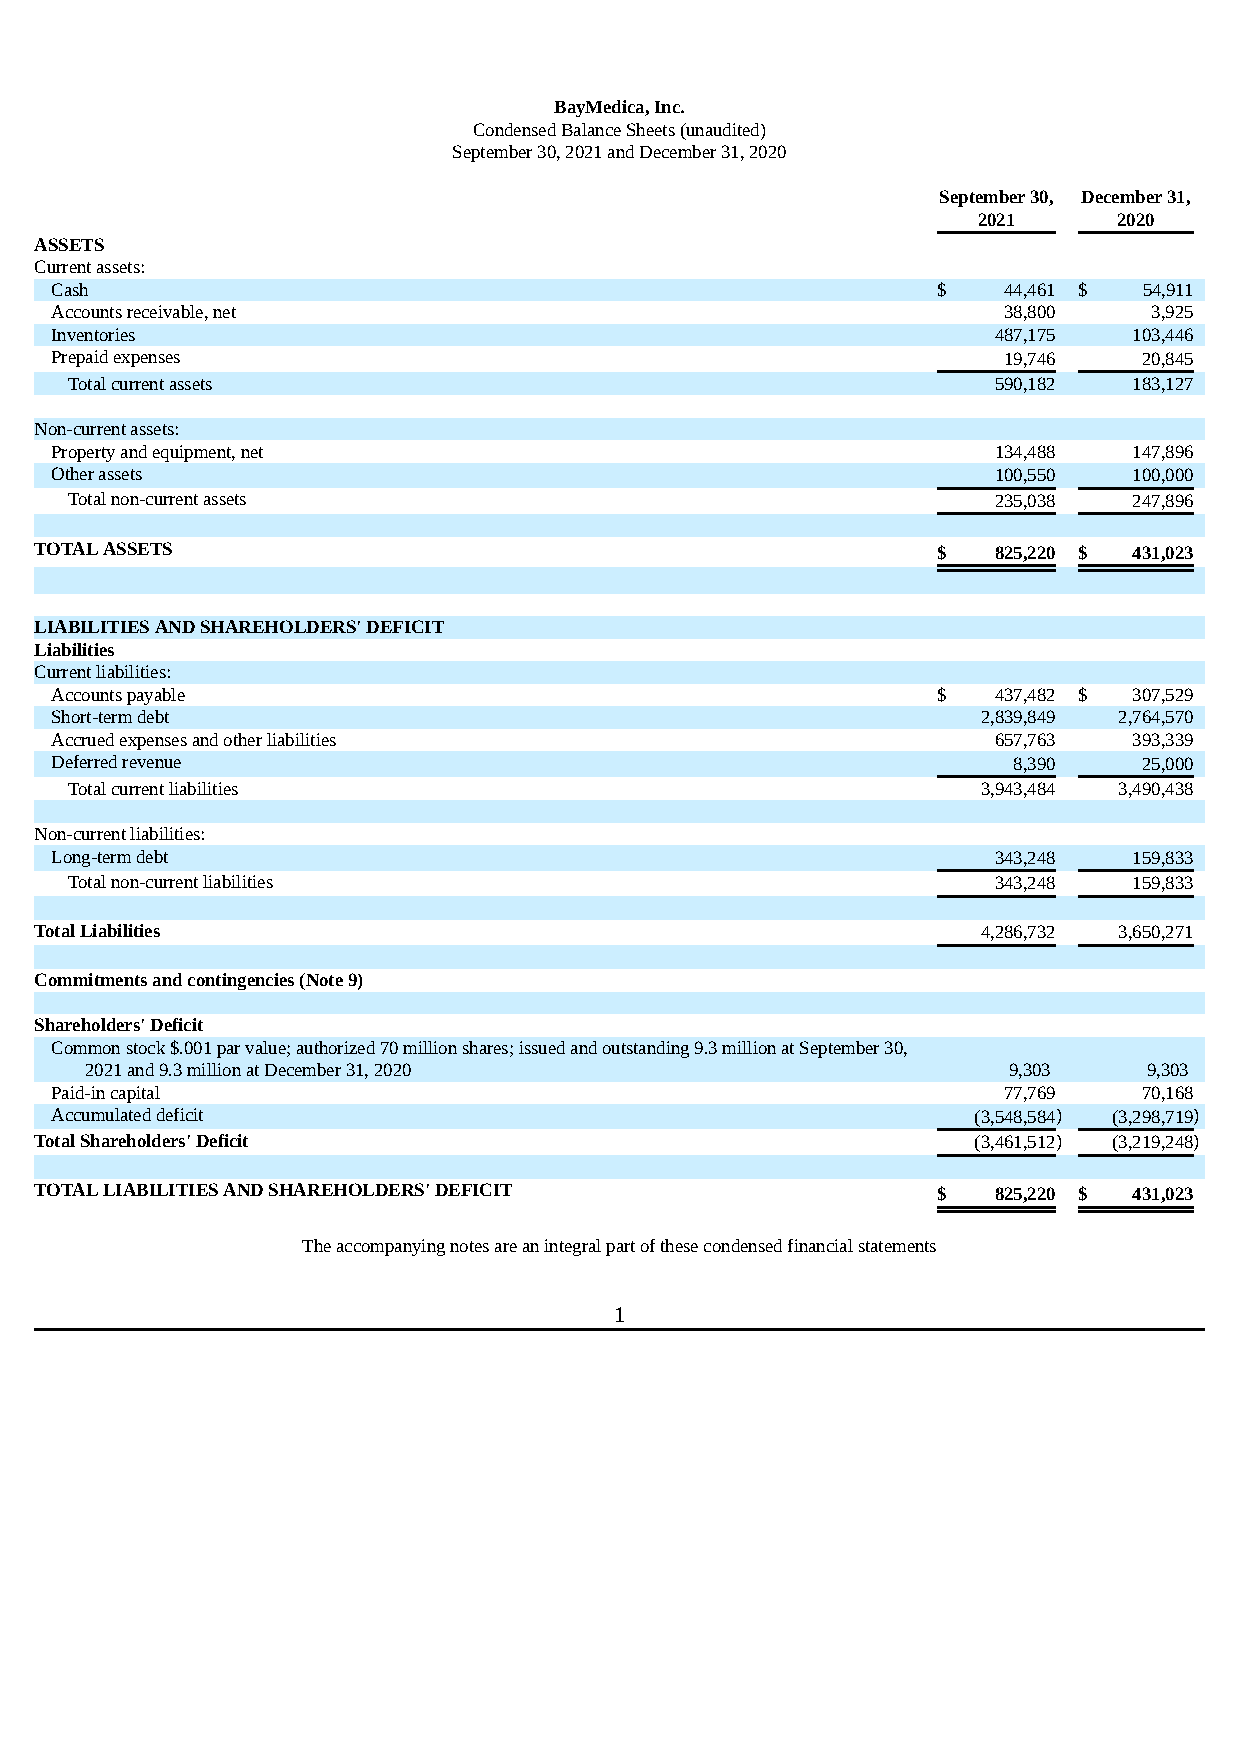
BayMedica, Inc.
 Condensed Balance Sheets (unaudited)
 September 30, 2021 and December 31, 2020
 September 30, December 31,
 2021     2020
 ASSETS
 Current assets:
 Cash                                                       $   44,461 $  54,911
 Accounts receivable, net                                       38,800    3,925
 Inventories                                                    487,175  103,446
 Prepaid expenses                                               19,746    20,845
 Total current assets                                          590,182  183,127
 Non-current assets:
 Property and equipment, net                                    134,488  147,896
 Other assets                                                   100,550  100,000
 Total non-current assets                                      235,038  247,896
 TOTAL ASSETS                                                $   825,220 $ 431,023
 LIABILITIES AND SHAREHOLDERS' DEFICIT
 Liabilities
 Current liabilities:
 Accounts payable                                           $   437,482 $ 307,529
 Short-term debt                                               2,839,849 2,764,570
 Accrued expenses and other liabilities                         657,763  393,339
 Deferred revenue                                                8,390    25,000
 Total current liabilities                                    3,943,484 3,490,438
 Non-current liabilities:
 Long-term debt                                                 343,248  159,833
 Total non-current liabilities                                 343,248  159,833
 Total Liabilities                                              4,286,732 3,650,271
 Commitments and contingencies (Note 9)
 Shareholders' Deficit
 Common stock $.001 par value; authorized 70 million shares; issued and outstanding 9.3 million at September 30,
 2021 and 9.3 million at December 31, 2020                    9,303    9,303
 Paid-in capital                                                77,769    70,168
 Accumulated deficit                                          (3,548,584) (3,298,719)
 Total Shareholders' Deficit                                   (3,461,512) (3,219,248)
 TOTAL LIABILITIES AND SHAREHOLDERS' DEFICIT                 $   825,220 $ 431,023
 The accompanying notes are an integral part of these condensed financial statements
 1